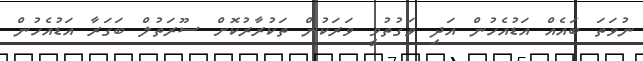
ނުވަތަ ބައެއް އަޑުއެހުން އަދި ވަގުތުވީ ވަރަކުން ތަކުރާރުކޮށް ސޫރަތުލް ބަގަރާ އަޑުއެހުން